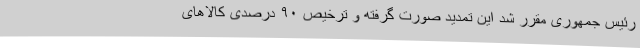
رئیس جمهوری مقرر شد این تمدید صورت گرفته و ترخیص ۹۰ درصدی کالاهای